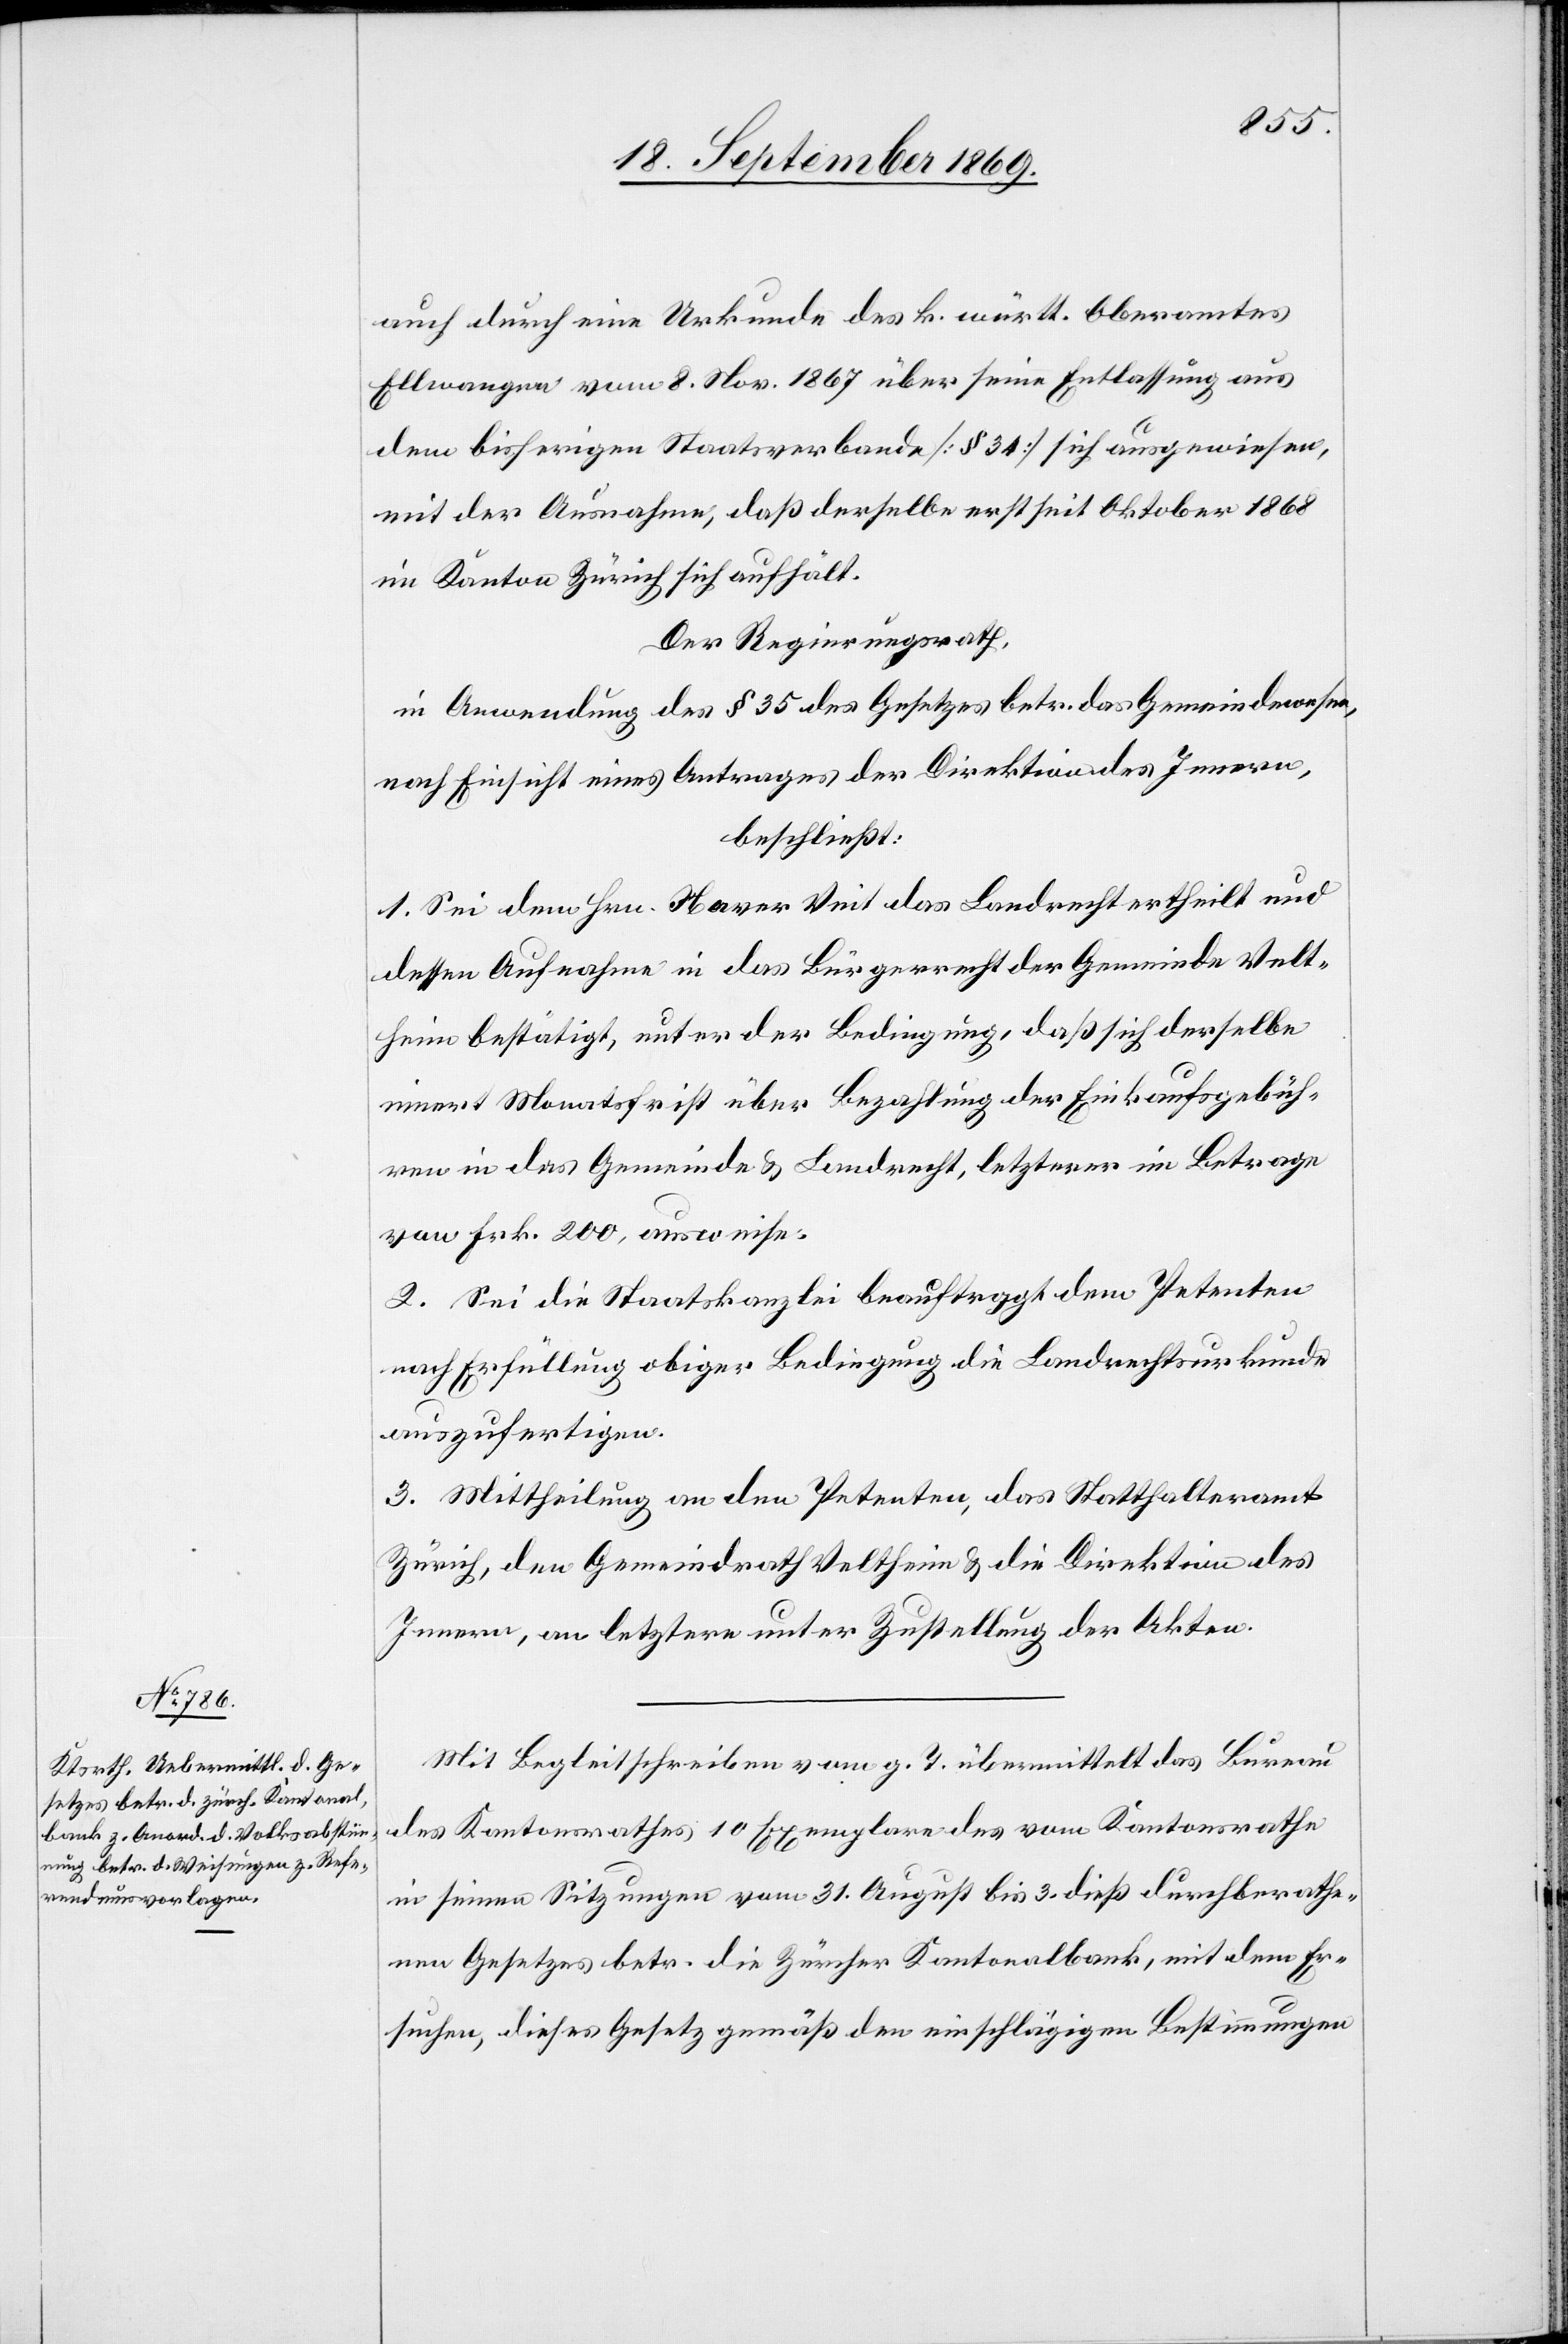
auch durch eine Urkunde des k. württ. Oberamtes
Ellwangen vom 8. Nov. 1867 über seine Entlassung aus
dem bisherigen Staatsverbande [§ 34] sich ausgewiesen,
mit der Ausnahme, daß derselbe erst seit Oktober 1868
im Kanton Zürich sich aufhält.
Der Regierungsrath,
in Anwendung des § 35 des Gesetzes betr. das Gemeindewesen,
nach Einsicht eines Antrages der Direktion des Innern,
beschließt:
1. Sei dem Hrn. Xaver Veit das Landrecht ertheilt und
dessen Aufnahme in das Bürgerrecht der Gemeinde Velt¬
heim bestätigt, unter der Bedingung, daß sich derselbe
innert Monatsfrist über Bezahlung der Einkaufsgebüh¬
ren in das Gemeinde[-] & Landrecht, letzterer im Betrage
von Frk. 200 ausweise.
2. Sei die Staatskanzlei beauftragt dem Petenten
nach Erfüllung obiger Bedingung die Landrechtsurkunde
auszufertigen.
3. Mittheilung an den Petenten, das Statthalteramt
Zürich, den Gemeindrath Veltheim & die Direktion des
Innern, an letztere unter Zustellung der Akten.
Mit Begleitschreiben vom g. T. übermittelt das Bureau
des Kantonsrathes 10 Exemplare des vom Kantonsrathe
in seinen Sitzungen vom 31. August bis 3. dieß durchberathe¬
nen Gesetzes betr. die Zürcher Kantonalbank, mit dem Er¬
suchen, dieses Gesetz gemäß den einschlägigen Bestimmungen